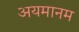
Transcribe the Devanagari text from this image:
अयमानम